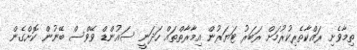
ތިމާވެށި ރައްކާތެރިކުރުމަށް ރަބަރު ޓަޔަރުން އިމާރާތްތައް ހަދަނީ ސައުންޑް ވޭވްސް ބޭނުން ކޮށްގެން